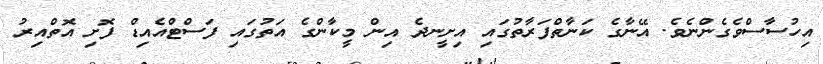
އިހުސާސްވެގެންނެވެ. އޭނާގެ ކަނާތްފަރާތުގައި އިށީނދެ އިން މީކާންގެ އަތުގައި ފަސްޓްއެއިޑް ފޮށި އޮތްއިރު